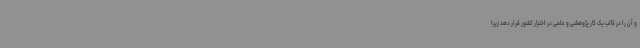
و آن را در قالب یک کار پژوهشی و علمی در اختیار کشور قرار دهد زیرا